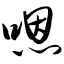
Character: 嗯